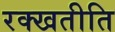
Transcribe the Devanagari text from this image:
रक्खतीति